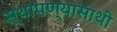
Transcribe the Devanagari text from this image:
स्थापण्यासाथी